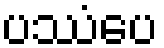
ပဿံပေ